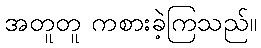
အတူတူ ကစားခဲ့ကြသည်။